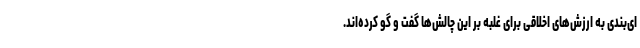
ای‌بندی به ارزش‌های اخلاقی برای غلبه بر این چالش‌ها گفت و گو کرده‌اند.